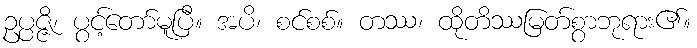
ဥပ္ပဇ္ဇိ၊ ပွင့်တော်မူပြီ။ အပိ၊ စင်စစ်။ တဿ၊ ထိုတိဿမြတ်စွာဘုရား၏။